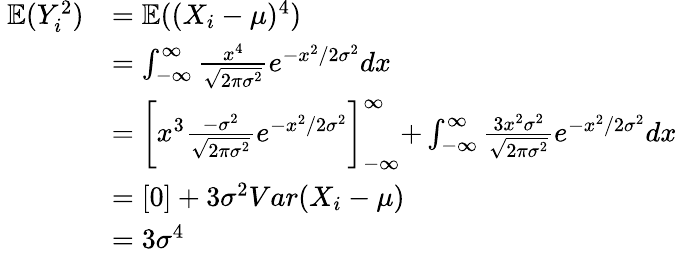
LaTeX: \begin{array}{rl}{\ \mathbb E(Y_{i}^{2})}&{=\mathbb E((X_{i}-\mu)^{4})}\\ {\ }&{=\int_{-\infty}^{\infty}\frac{x^{4}}{\sqrt{2\pi\sigma^{2}}}e^{-x^{2}/2\sigma^{2}}dx}\\ {\ }&{=\biggl[x^{3}\frac{-\sigma^{2}}{\sqrt{2\pi\sigma^{2}}}e^{-x^{2}/2\sigma^{2}}\biggl]_{-\infty}^{\infty}+\int_{-\infty}^{\infty}\frac{3x^{2}\sigma^{2}}{\sqrt{2\pi\sigma^{2}}}e^{-x^{2}/2\sigma^{2}}dx}\\ {\ }&{=[0]+3\sigma^{2}Var(X_{i}-\mu)}\\ {\ }&{=3\sigma^{4}}\end{array}